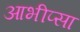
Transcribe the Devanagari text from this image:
आभीप्सा